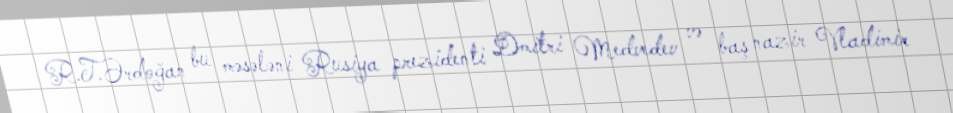
R.T.Ərdoğan bu məsələni Rusiya prezidenti Dmitri Medvedev və baş nazir Vladimir